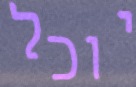
יוכל